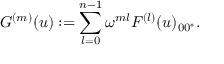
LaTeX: G ^ { ( m ) } ( u ) : = \sum _ { l = 0 } ^ { n - 1 } \omega ^ { m l } F ^ { ( l ) } ( u ) _ { 0 0 ^ { * } } .